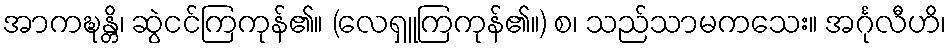
အာကဍ္ဎန္တိ၊ ဆွဲငင်ကြကုန်၏။ (လေရှူကြကုန်၏။) စ၊ သည်သာမကသေး။ အင်္ဂုလီဟိ၊